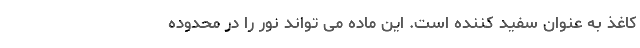
کاغذ به عنوان سفید کننده است. این ماده می تواند نور را در محدوده